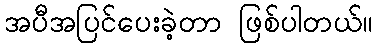
အပီအပြင်ပေးခဲ့တာ ဖြစ်ပါတယ်။